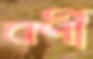
বর্ণী